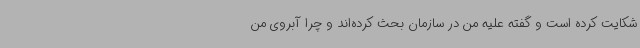
شکایت کرده است و گفته علیه من در سازمان بحث کرده‌اند و چرا آبروی من